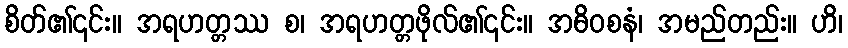
စိတ်၏၎င်း။ အရဟတ္တဿ စ၊ အရဟတ္တဖိုလ်၏၎င်း။ အဓိဝစနံ၊ အမည်တည်း။ ဟိ၊